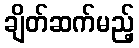
ချိတ်ဆက်မည့်